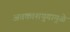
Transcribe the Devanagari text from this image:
अवकाशयुगामुळे